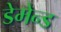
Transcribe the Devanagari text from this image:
डेमेन्ड